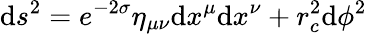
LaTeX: \mathrm{d}s^{2}=e^{-2\sigma}\eta_{\mu\nu}\mathrm{d}x^{\mu}\mathrm{d}x^{\nu}+r_{c}^{2}\mathrm{d}\phi^{2}